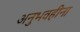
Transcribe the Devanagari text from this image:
अनुभवहीना